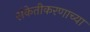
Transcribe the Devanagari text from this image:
संकेतीकरणाच्या